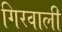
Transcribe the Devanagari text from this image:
गिरवाली